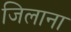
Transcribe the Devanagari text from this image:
जिलाना